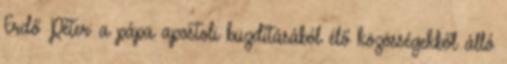
Erdő Péter: a pápa apostoli buzdításából élő közösségekből álló